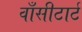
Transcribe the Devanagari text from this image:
वाँसीटार्ट